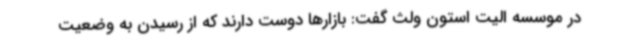
در موسسه الیت استون ولث گفت: بازارها دوست دارند که از رسیدن به وضعیت